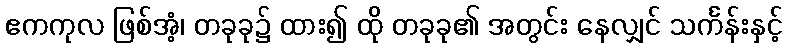
ဧကကုလ ဖြစ်အံ့၊ တခုခု၌ ထား၍ ထို တခုခု၏ အတွင်း နေလျှင် သင်္ကန်းနှင့်